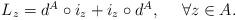
LaTeX: \begin{align*} \begin{array}{c}L_{z}=d^{A}\circ i_{z}+i_{z}\circ d^{A},\ \ \ \ \forall z\in A.\end{array}\end{align*}